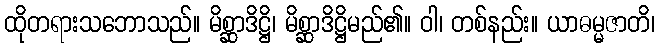
ထိုတရားသဘောသည်။ မိစ္ဆာဒိဋ္ဌိ၊ မိစ္ဆာဒိဋ္ဌိမည်၏။ ဝါ၊ တစ်နည်း။ ယာဓမ္မဇာတိ၊